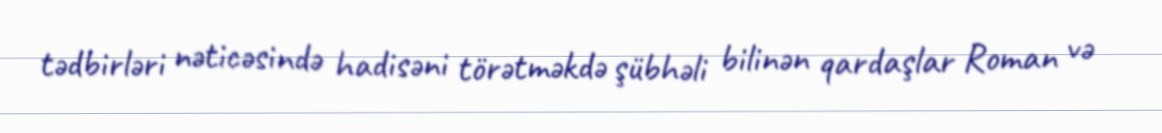
tədbirləri nəticəsində hadisəni törətməkdə şübhəli bilinən qardaşlar Roman və